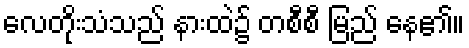
လေတိုးသံသည် နားထဲ၌ တစီစီ မြည် နေ၏။